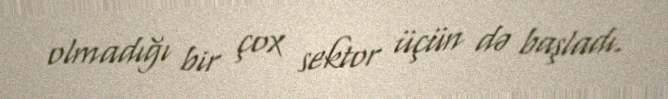
olmadığı bir çox sektor üçün də başladı.